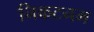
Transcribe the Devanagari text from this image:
निकटनम